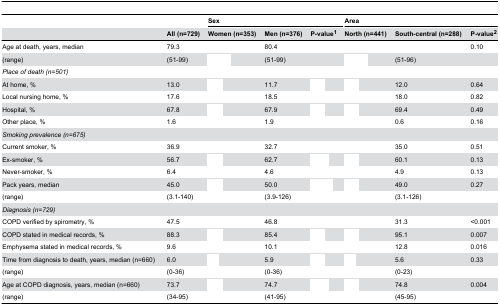
<table><thead><tr><td>[EMPTY_CELL]</td><td>[EMPTY_CELL]</td><td colspan="3"><b>Sex</b></td><td colspan="3"><b>Area</b></td></tr><tr><td>[EMPTY_CELL]</td><td><b>All (n=729)</b></td><td><b>Women (n=353)</b></td><td><b>Men (n=376)</b></td><td><b>P-value<sup>1</sup></b></td><td><b>North (n=441)</b></td><td><b>South-central (n=288)</b></td><td><b>P-value<sup>2</sup></b></td></tr></thead><tbody><tr><td>Age at death, years, median</td><td>79.3</td><td>[EMPTY_CELL]</td><td>80.4</td><td>[EMPTY_CELL]</td><td>[EMPTY_CELL]</td><td>[EMPTY_CELL]</td><td>0.10</td></tr><tr><td>(range)</td><td>(51-99)</td><td>[EMPTY_CELL]</td><td>(51-99)</td><td>[EMPTY_CELL]</td><td>[EMPTY_CELL]</td><td>(51-96)</td><td>[EMPTY_CELL]</td></tr><tr><td><i>Place of death (n=501)</i></td><td>[EMPTY_CELL]</td><td>[EMPTY_CELL]</td><td>[EMPTY_CELL]</td><td>[EMPTY_CELL]</td><td>[EMPTY_CELL]</td><td>[EMPTY_CELL]</td><td>[EMPTY_CELL]</td></tr><tr><td>At home, %</td><td>13.0</td><td>[EMPTY_CELL]</td><td>11.7</td><td>[EMPTY_CELL]</td><td>[EMPTY_CELL]</td><td>12.0</td><td>0.64 </td></tr><tr><td>Local nursing home, %</td><td>17.6</td><td>[EMPTY_CELL]</td><td>18.5</td><td>[EMPTY_CELL]</td><td>[EMPTY_CELL]</td><td>18.0</td><td>0.82</td></tr><tr><td>Hospital, %</td><td>67.8</td><td>[EMPTY_CELL]</td><td>67.9</td><td>[EMPTY_CELL]</td><td>[EMPTY_CELL]</td><td>69.4</td><td>0.49</td></tr><tr><td>Other place, %</td><td>1.6</td><td>[EMPTY_CELL]</td><td>1.9</td><td>[EMPTY_CELL]</td><td>[EMPTY_CELL]</td><td>0.6</td><td>0.16</td></tr><tr><td><i>Smoking prevalence (n=675)</i></td><td>[EMPTY_CELL]</td><td>[EMPTY_CELL]</td><td>[EMPTY_CELL]</td><td>[EMPTY_CELL]</td><td>[EMPTY_CELL]</td><td>[EMPTY_CELL]</td><td>[EMPTY_CELL]</td></tr><tr><td>Current smoker, %</td><td>36.9</td><td>[EMPTY_CELL]</td><td>32.7</td><td>[EMPTY_CELL]</td><td>[EMPTY_CELL]</td><td>35.0</td><td>0.51 </td></tr><tr><td>Ex-smoker, %</td><td>56.7</td><td>[EMPTY_CELL]</td><td>62.7</td><td>[EMPTY_CELL]</td><td>[EMPTY_CELL]</td><td>60.1</td><td>0.13</td></tr><tr><td>Never-smoker, %</td><td>6.4</td><td>[EMPTY_CELL]</td><td>4.6</td><td>[EMPTY_CELL]</td><td>[EMPTY_CELL]</td><td>4.9</td><td>0.13</td></tr><tr><td>Pack years, median</td><td>45.0</td><td>[EMPTY_CELL]</td><td>50.0</td><td>[EMPTY_CELL]</td><td>[EMPTY_CELL]</td><td>49.0</td><td>0.27</td></tr><tr><td>(range)</td><td>(3.1-140)</td><td>[EMPTY_CELL]</td><td>(3.9-126)</td><td>[EMPTY_CELL]</td><td>[EMPTY_CELL]</td><td>(3.1-126)</td><td>[EMPTY_CELL]</td></tr><tr><td><i>Diagnosis (n=729)</i></td><td>[EMPTY_CELL]</td><td>[EMPTY_CELL]</td><td>[EMPTY_CELL]</td><td>[EMPTY_CELL]</td><td>[EMPTY_CELL]</td><td>[EMPTY_CELL]</td><td>[EMPTY_CELL]</td></tr><tr><td>COPD verified by spirometry, %</td><td>47.5</td><td>[EMPTY_CELL]</td><td>46.8</td><td>[EMPTY_CELL]</td><td>[EMPTY_CELL]</td><td>31.3</td><td>&lt;0.001</td></tr><tr><td>COPD stated in medical records, %</td><td>88.3</td><td>[EMPTY_CELL]</td><td>85.4</td><td>[EMPTY_CELL]</td><td>[EMPTY_CELL]</td><td>95.1</td><td>0.007</td></tr><tr><td>Emphysema stated in medical records, %</td><td>9.6</td><td>[EMPTY_CELL]</td><td>10.1</td><td>[EMPTY_CELL]</td><td>[EMPTY_CELL]</td><td>12.8</td><td>0.016</td></tr><tr><td>Time from diagnosis to death, years, median (n=660) </td><td>6.0</td><td>[EMPTY_CELL]</td><td>5.9</td><td>[EMPTY_CELL]</td><td>[EMPTY_CELL]</td><td>5.6</td><td>0.33</td></tr><tr><td>(range)</td><td>(0-36)</td><td>[EMPTY_CELL]</td><td>(0-36)</td><td>[EMPTY_CELL]</td><td>[EMPTY_CELL]</td><td>(0-23)</td><td>[EMPTY_CELL]</td></tr><tr><td>Age at COPD diagnosis, years, median (n=660)</td><td>73.7</td><td>[EMPTY_CELL]</td><td>74.7</td><td>[EMPTY_CELL]</td><td>[EMPTY_CELL]</td><td>74.8</td><td>0.004</td></tr><tr><td>(range)</td><td>(34-95)</td><td>[EMPTY_CELL]</td><td>(41-95)</td><td>[EMPTY_CELL]</td><td>[EMPTY_CELL]</td><td>(45-95)</td><td>[EMPTY_CELL]</td></tr></tbody></table>